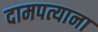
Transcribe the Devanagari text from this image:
दामपत्याना